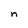
Character: n